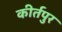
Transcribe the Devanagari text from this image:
कीर्तपुर